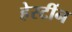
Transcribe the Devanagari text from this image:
हेस्टींन